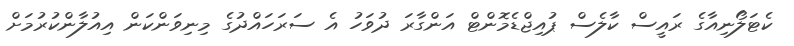
ކެޓަލޯނިއާގެ ރައީސް ކާލެސް ޕުއިޖްޑެމޮންޓް އަންގާރަ ދުވަހު އެ ސަރަހައްދުގެ މިނިވަންކަން އިއުލާންކުރުމަށް